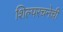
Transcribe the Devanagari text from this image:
शिल्परचनेची